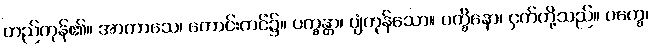
တည်ကုန်၏။ အာကာသေ၊ ကောင်းကင်၌။ ပက္ခန္တာ၊ ပျံကုန်သော။ ပက္ခိနော၊ ငှက်တို့သည်။ ပက္ခေ၊